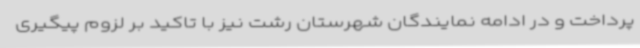
پرداخت و در ادامه نمایندگان شهرستان رشت نیز با تاکید بر لزوم پیگیری